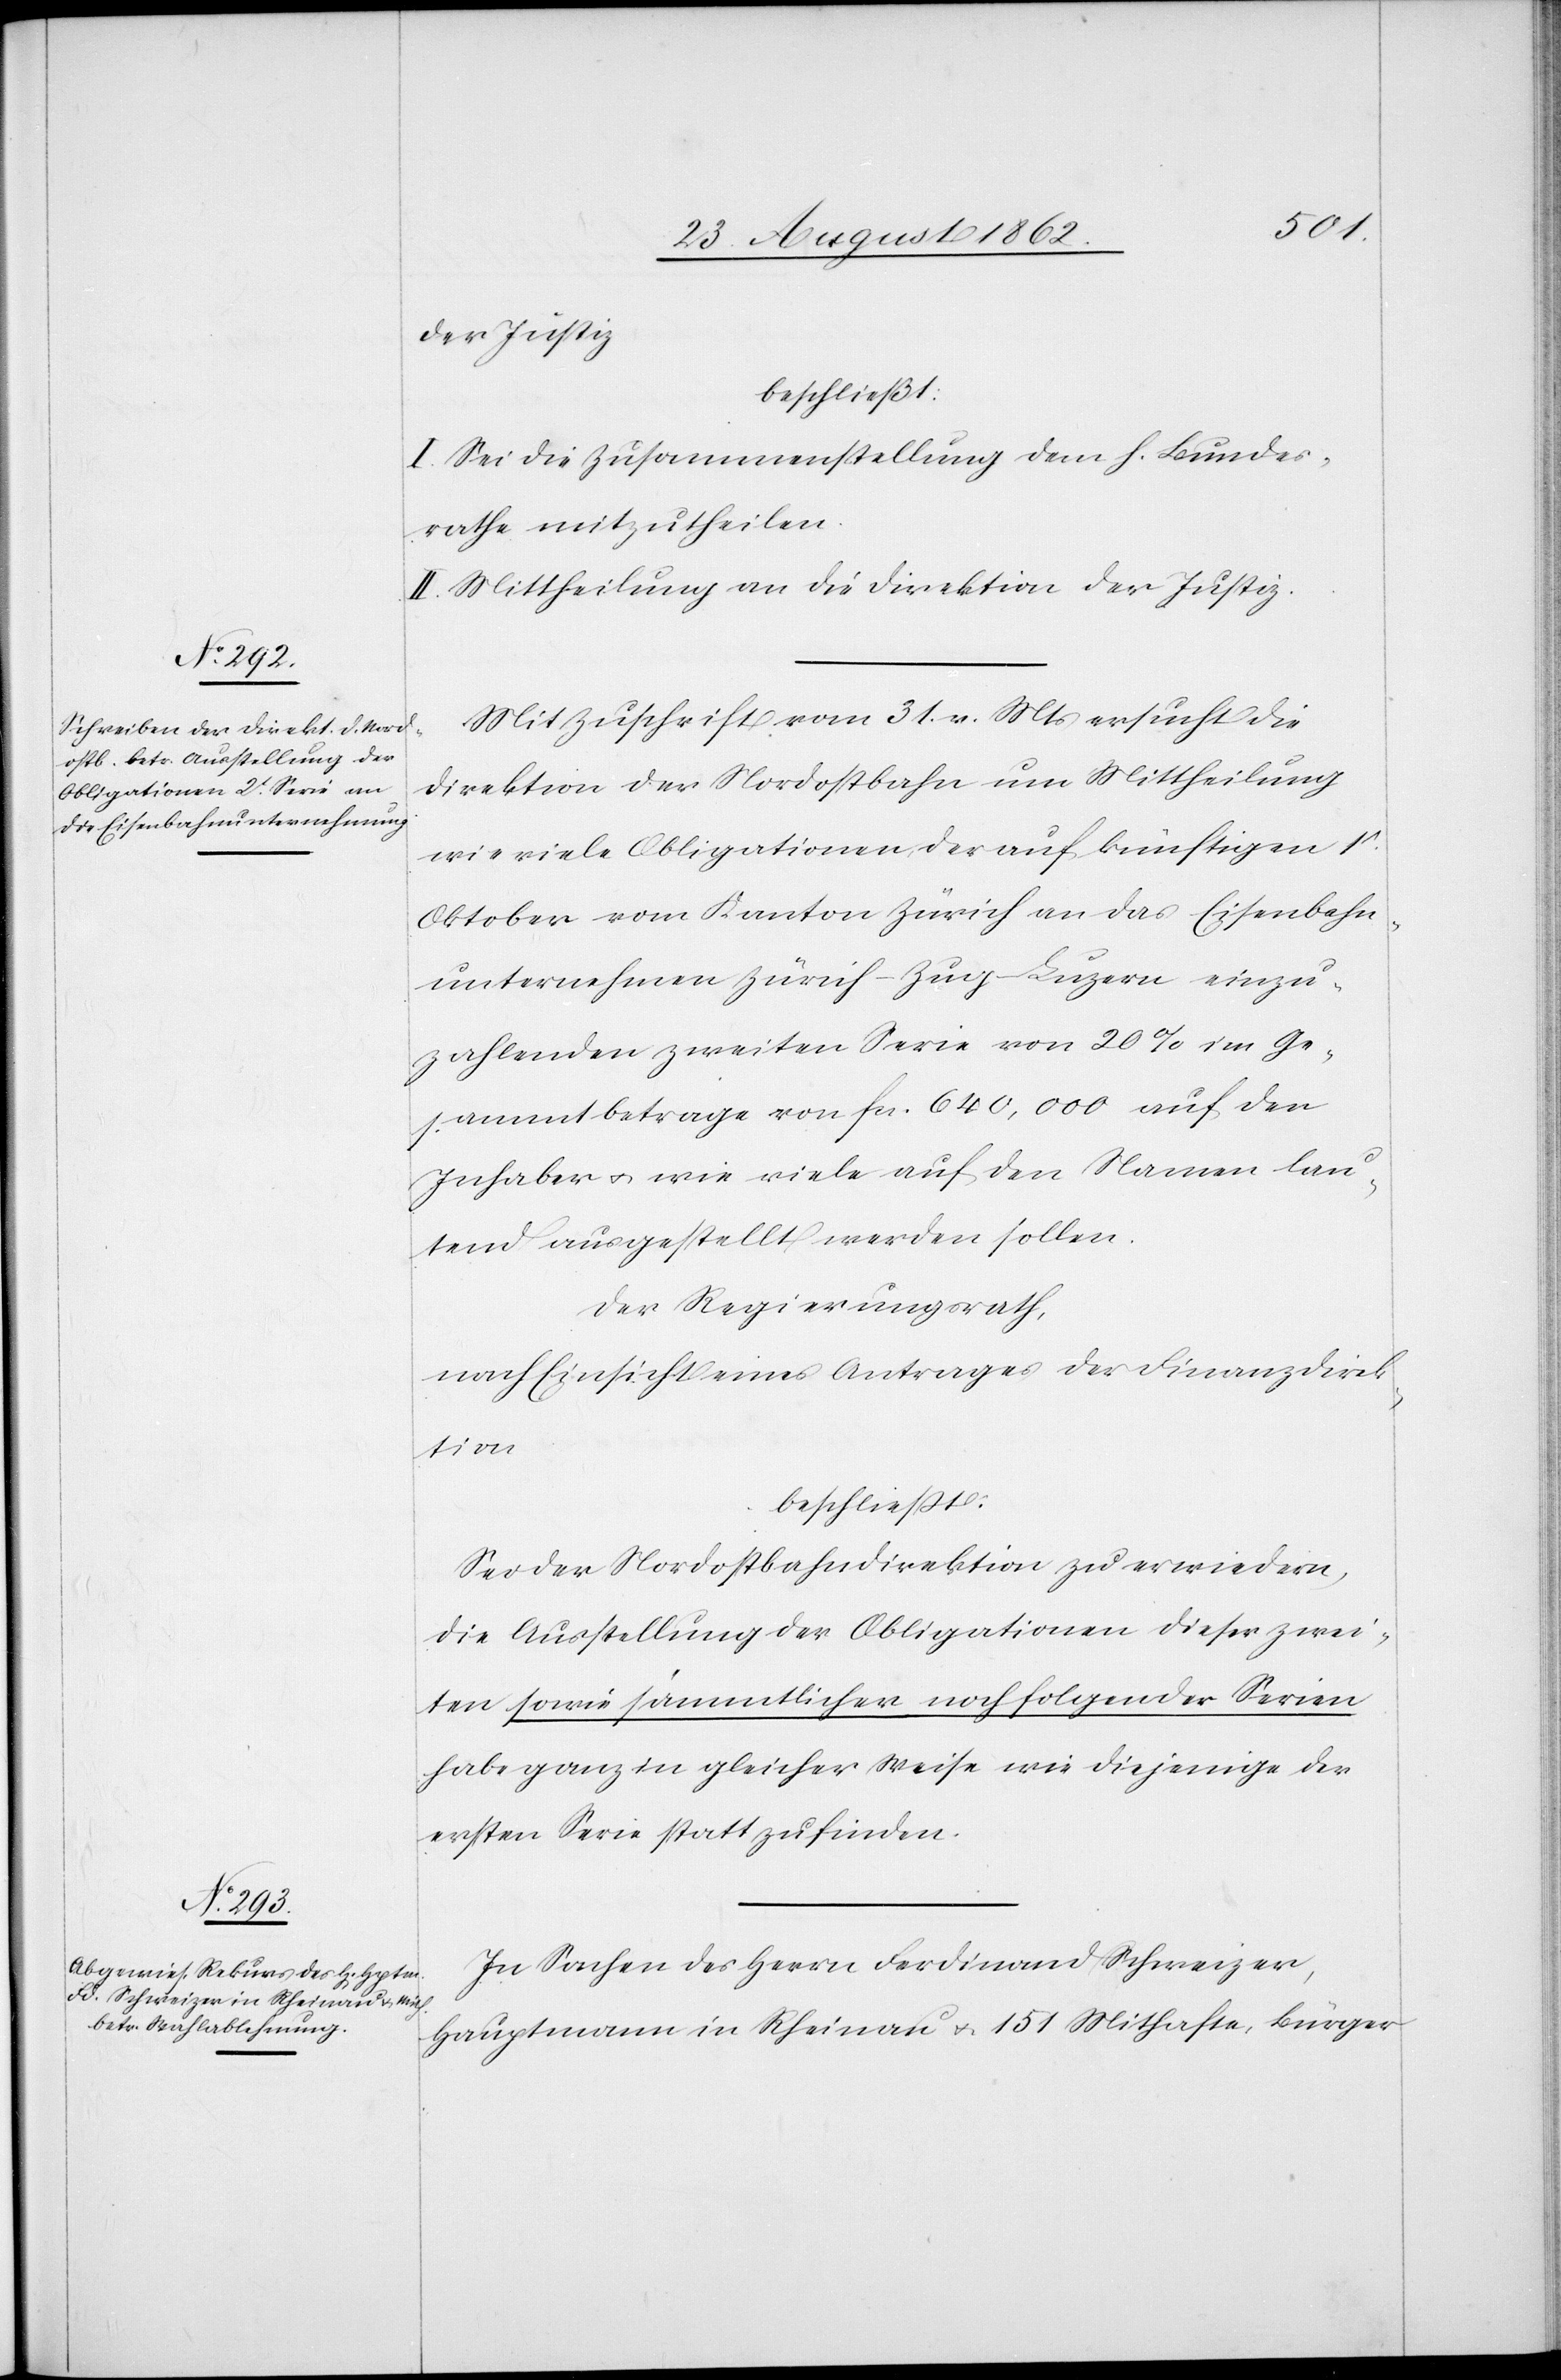
der Justiz
beschließt:
I. Sei die Zusammenstellung dem h. Bundes¬
rathe mitzutheilen.
II. Mittheilung an die Direktion der Justiz.
Mit Zuschrift vom 31. v. Mts. ersucht die
Direktion der Nordostbahn um Mittheilung
wie viele Obligationen, der auf künftigen 1t
Oktober vom Kanton Zürich an das Eisenbahn¬
unternehmen Zürich–Zug–Luzern einzu¬
zahlenden zweiten Serie von 20% im Ge¬
sammtbetrage von fcs. 640,000 auf den
Inhaber u. wie viele auf den Namen lau¬
tend ausgestellt werden sollen.
Der Regierungsrath,
nach Einsicht eines Antrages der Direktion
beschließt:
Sei der Nordostbahndirektion zu erwiedern,
die Ausstellung der Obligationen dieser zwei¬
ten sowie sämmtlicher nachfolgender Serien
habe ganz in gleicher Weise wie diejenige der
ersten Serie statt zu finden.
In Sachen des Herrn Ferdinand Schweizer,
Hauptmann in Rheinau u. 151 Mithafte, Bürger